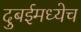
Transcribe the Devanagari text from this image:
दुबईमध्येच